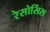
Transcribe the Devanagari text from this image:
रेसोर्सिस